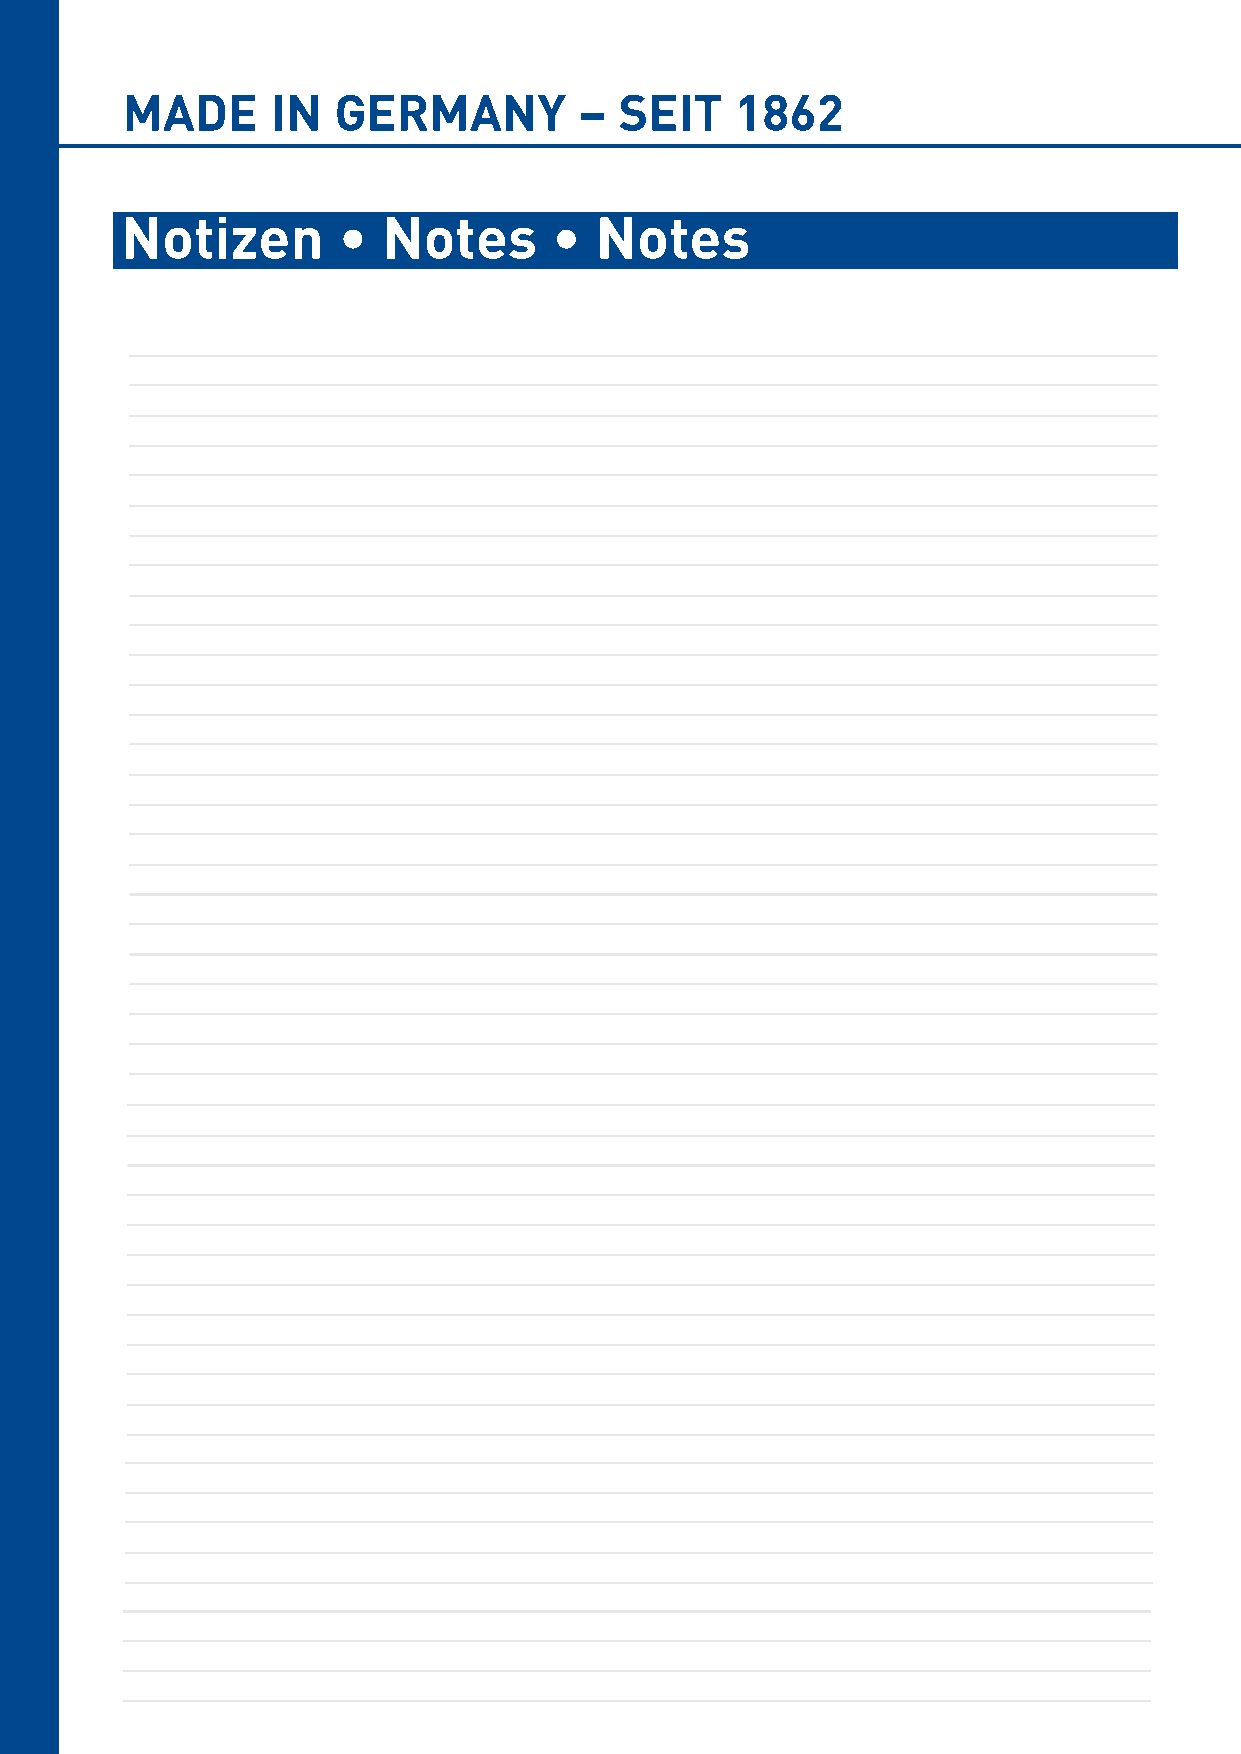
MADE      IN  GERMANY         –  SEIT    1862
 Notizen       •  Notes       • Notes